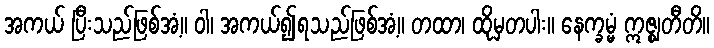
အကယ် ပြီးသည်ဖြစ်အံ့။ ဝါ၊ အကယ်၍ရသည်ဖြစ်အံ့။ တထာ၊ ထိုမှတပါး။ နေက္ခမ္မံ ဣဇ္ဈတီတိ။